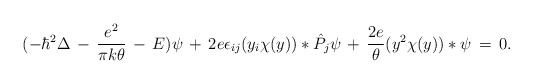
\begin{align*}(-\hbar\sp2\Delta \,-\,{e\sp2\over \pi k\theta}\,-\,E)\psi\,+\,2e\epsilon_{ij}(y_i\chi(y))*\hat P_j\psi\,+\,{2e\over \theta}(y\sp2\chi(y))*\psi\,=\,0.\end{align*}